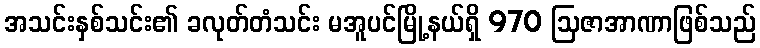
အသင်းနှစ်သင်း၏ ခလုတ်တံသင်း မအူပင်မြို့နယ်ရှိ 970 ဩဇာအာဏာဖြစ်သည်